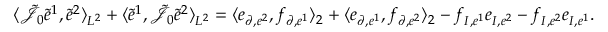
\begin{array} { r } { \langle \tilde { \mathcal { J } } _ { 0 } \tilde { e } ^ { 1 } , \tilde { e } ^ { 2 } \rangle _ { L ^ { 2 } } + \langle \tilde { e } ^ { 1 } , \tilde { \mathcal { J } } _ { 0 } \tilde { e } ^ { 2 } \rangle _ { L ^ { 2 } } = \langle e _ { \partial , e ^ { 2 } } , f _ { \partial , e ^ { 1 } } \rangle _ { 2 } + \langle e _ { \partial , e ^ { 1 } } , f _ { \partial , e ^ { 2 } } \rangle _ { 2 } - f _ { I , e ^ { 1 } } e _ { I , e ^ { 2 } } - f _ { I , e ^ { 2 } } e _ { I , e ^ { 1 } } . } \end{array}